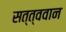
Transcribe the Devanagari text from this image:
सत्त्ववान